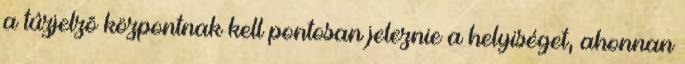
a tûzjelzõ központnak kell pontosan jeleznie a helyiséget, ahonnan